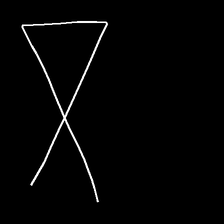
Glyph: collection